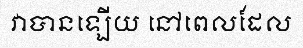
វាបានឡើយ នៅពេលដែល